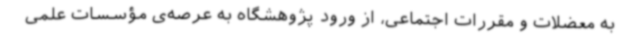
به معضلات و مقررات اجتماعی، از ورود پژوهشگاه به عرصه‌ی مؤسسات علمی